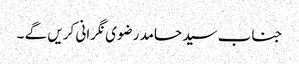
جناب سید حامد رضوی نگرانی کریں گے ۔